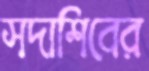
সদাশিবের